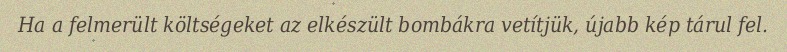
Ha a felmerült költségeket az elkészült bombákra vetítjük, újabb kép tárul fel.